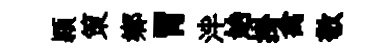
頴策鄉胃泮始掛禽敬